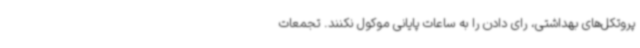
پروتکل‌های بهداشتی، رای دادن را به ساعات پایانی موکول نکنند. تجمعات